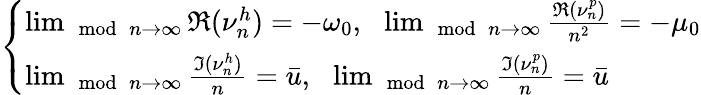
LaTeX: \left\{ \begin{array}{ll}{\operatorname*{lim}_{\mod{n}\to\infty}\Re(\nu_{n}^{h})=-\omega_{0},\ \ \operatorname*{lim}_{\mod{n}\to\infty}\frac{\Re(\nu_{n}^{p})}{n^{2}}=-\mu_{0}}\\ {\operatorname*{lim}_{\mod{n}\to\infty}\frac{\Im(\nu_{n}^{h})}{n}=\bar{u},\ \ \operatorname*{lim}_{\mod{n}\to\infty}\frac{\Im(\nu_{n}^{p})}{n}=\bar{u}}\end{array}\right.